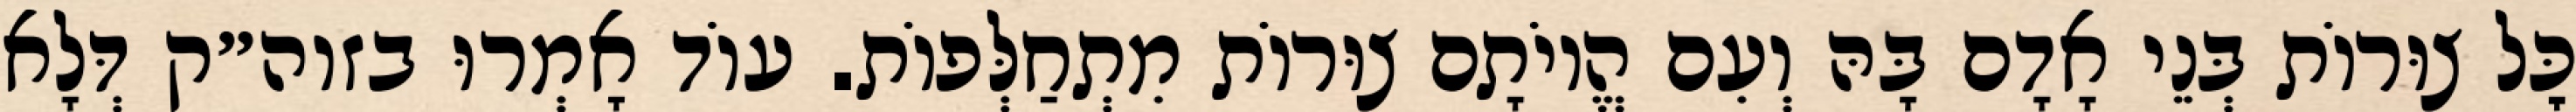
כׇּל צוּרוֹת בְּנֵי אָדָם בָּהּ וְעִם הֱיוֹתָם צוּרוֹת מִתְחַלְּפוֹת. עוֹד אָמְרוּ בזוה״ק דְּלָא